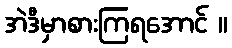
အဲဒီမှာစားကြရအောင် ။